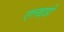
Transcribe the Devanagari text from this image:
एलइडी